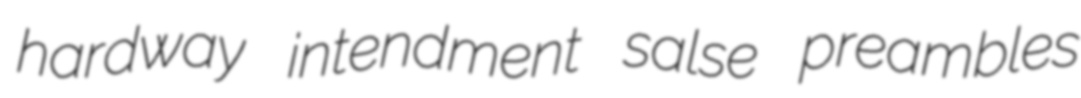
hardway intendment salse preambles